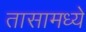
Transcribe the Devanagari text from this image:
तासामध्ये